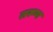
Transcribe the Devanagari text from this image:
तरूण